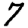
Digit: 7